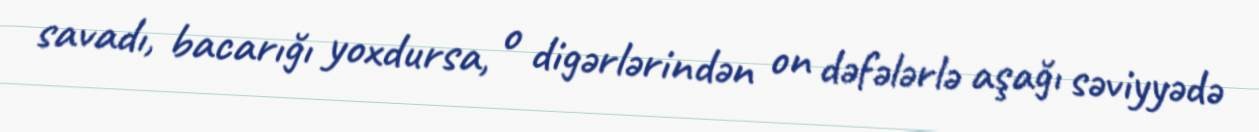
savadı, bacarığı yoxdursa, o digərlərindən on dəfələrlə aşağı səviyyədə